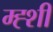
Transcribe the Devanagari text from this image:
म्ह्शी